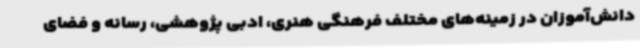
دانش‌آموزان در زمینه‌های مختلف فرهنگی هنری، ادبی پژوهشی، رسانه و فضای